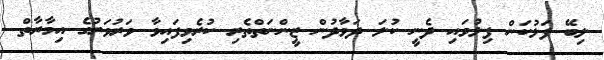
ލިބޭ ފަޅުކަން ފިލުވައި ދެނީ ކުލަ ދަވާދުން ޒީންނަތްތެރި ކުރެވިފައިވާ ވަރުވަރުގެ އިމާރާތް